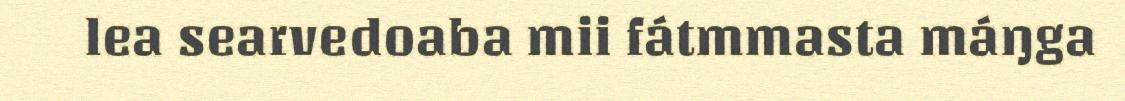
lea searvedoaba mii fátmmasta máŋga